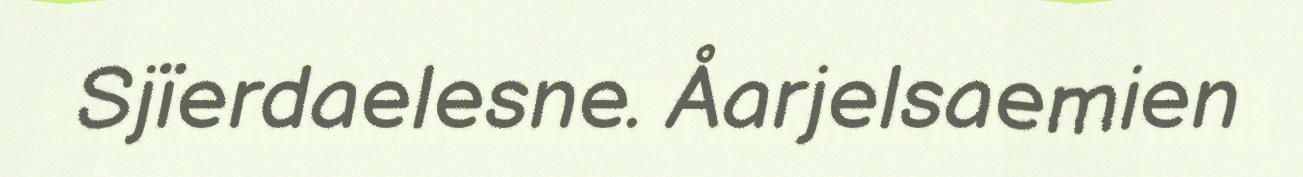
Sjïerdaelesne. Åarjelsaemien